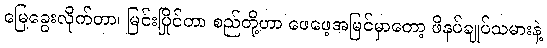
မြေခွေးလိုက်တာ၊ မြင်းပြိုင်တာ စည်တို့ဟာ ဖေဖေ့အမြင်မှာတော့ ဖိနပ်ချုပ်သမားနဲ့